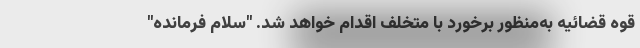
قوه قضائیه به‌منظور برخورد با متخلف اقدام خواهد شد. "سلام فرمانده"